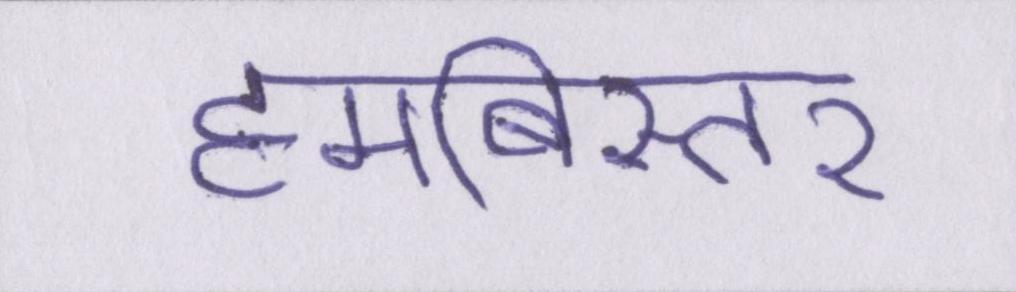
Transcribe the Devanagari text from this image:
हमबिस्तर